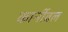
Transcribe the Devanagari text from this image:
कार्नीवल